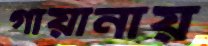
গায়ানায়